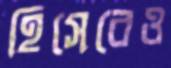
হিসেবেও